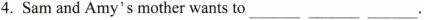
4. Sam and Amy's mother wants to ___ ___ ___ .